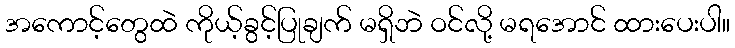
အကောင့်တွေထဲ ကိုယ့်ခွင့်ပြုချက် မရှိဘဲ ဝင်လို့ မရအောင် ထားပေးပါ။